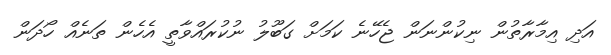
އަދި އިމާރާތުން ނިކުންނަން ޖެހޭނެ ކަމަށް ގަބޫލު ނުކުރައްވާތީ އެހެން ތަނެއް ހޯދަން